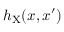
h _ { \mathrm { X } } ( x , x ^ { \prime } )